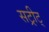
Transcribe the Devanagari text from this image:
सट्रीट्